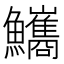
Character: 𩽨